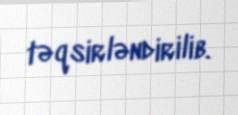
təqsirləndirilib.